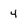
Character: 4